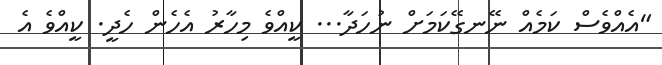
"އެއްވެސް ކަމެއް ނޭނގޭކަމަށް ނުހަދާ... ކީއްވެ މިހާރު އެހެން ހެދީ. ކީއްވެ އެ